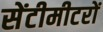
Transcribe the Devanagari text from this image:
सेंटीमीटरों